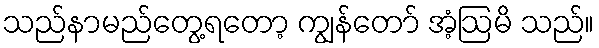
သည်နာမည်တွေ့ရတော့ ကျွန်တော် အံ့ဩမိ သည်။